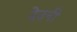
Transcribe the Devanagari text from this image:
देउनी